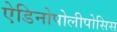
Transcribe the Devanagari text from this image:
ऐडिनोपोलीपोसिस